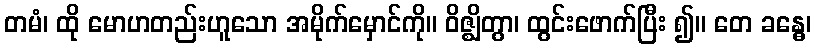
တမံ၊ ထို မောဟတည်းဟူသော အမိုက်မှောင်ကို။ ဝိဇ္ဈိတွာ၊ ထွင်းဖောက်ပြီး ၍။ တေ ခန္ဓေ၊